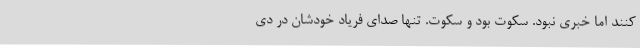
کنند اما خبری نبود. سکوت بود و سکوت. تنها صدای فریاد خودشان در دی